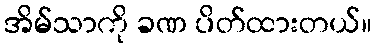
အိမ်သာကို ခဏ ပိတ်ထားတယ်။